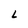
Character: L